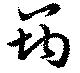
筠